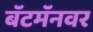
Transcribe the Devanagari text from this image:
बॅटमॅनवर